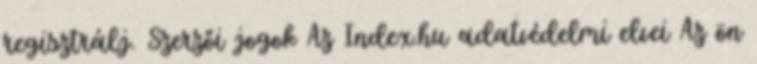
regisztrálj. Szerzői jogok Az Index.hu adatvédelmi elvei Az ön